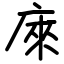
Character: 庲